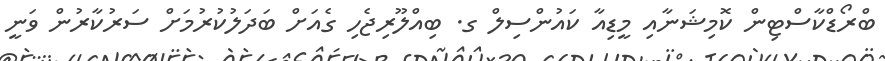
ބްރޯޑްކާސްޓިން ކޮމިޝަނާއި މީޑިއާ ކައުންސިލް ގ. ބިއްލޫރިޖެހި ގެއަށް ބަދަލުކުރުމަށް ސަރުކާރުން ވަނީ